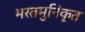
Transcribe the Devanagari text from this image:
भरतमुनिकृत